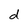
Character: d